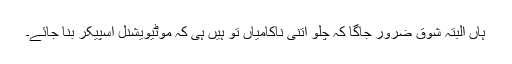
ہاں البتہ شوق ضرور جاگا کہ چلو اتنی ناکامیاں تو ہیں ہی کہ موٹیویشنل اسپیکر بنا جائے۔